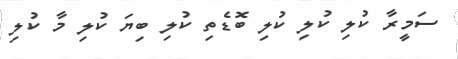
ސަމީރާ ކުލި ކުލި ކުލި ބޮޑެތި ކުލި ބިޔަ ކުލި މާ ކުލި